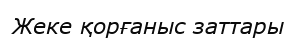
Жеке қорғаныс заттары